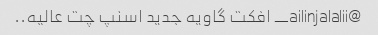
@ailinjalalii_ افکت گاویه جدید اسنپ چت عالیه..